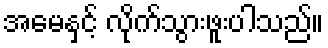
အမေနှင့် လိုက်သွားဖူးပါသည်။